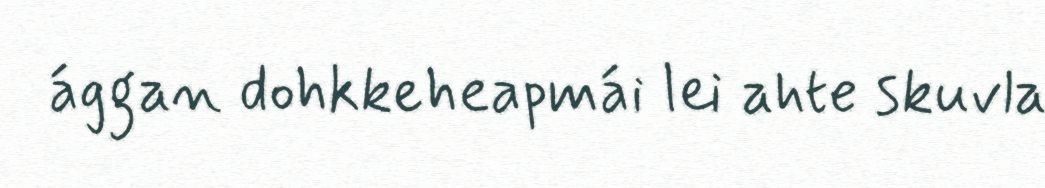
ággan dohkkeheapmái lei ahte skuvla